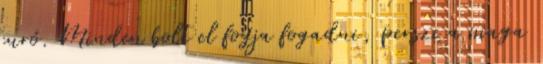
euró. Minden bolt el fogja fogadni, persze a maga